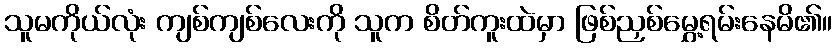
သူမကိုယ်လုံး ကျစ်ကျစ်လေးကို သူက စိတ်ကူးထဲမှာ ဖြစ်ညှစ်မွှေ့ရမ်းနေမိ၏။